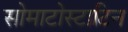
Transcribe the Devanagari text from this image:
सोमाटोस्टाटिन